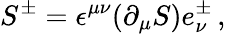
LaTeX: S^{\pm}=\epsilon^{\mu\nu}(\partial_{\mu}S)e_{\nu}^{\pm}\, ,